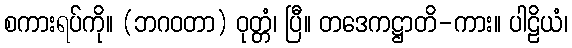
စကားရပ်ကို။ (ဘဂဝတာ) ဝုတ္တံ၊ ပြီ။ တဒေကဋ္ဌာတိ-ကား။ ပါဠိယံ၊